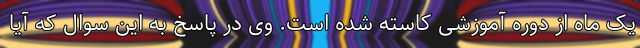
یک ماه از دوره آموزشی کاسته شده است. وی در پاسخ به این سوال که آیا